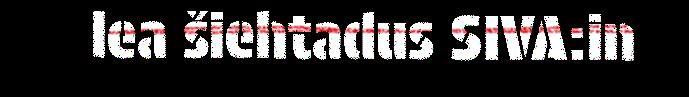
lea šiehtadus SIVA:in